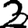
Digit: 2